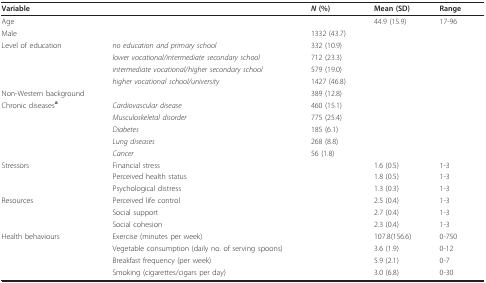
| Variable |  | N (%) | Mean (SD) | Range |
 | --- | --- | --- | --- | --- |
 | Age |  |  | 44.9 (15.9) | 17-96 |
 | Male |  | 1332 (43.7) |  |  |
 | Level of education | no education and primary school | 332 (10.9) |  |  |
 |  | lower vocational/intermediate secondary school | 712 (23.3) |  |  |
 |  | intermediate vocational/higher secondary school | 579 (19.0) |  |  |
 |  | higher vocational school/university | 1427 (46.8) |  |  |
 | Non-Western background |  | 389 (12.8) |  |  |
 | Chronic diseasesa | Cardiovascular disease | 460 (15.1) |  |  |
 |  | Musculoskeletal disorder | 775 (25.4) |  |  |
 |  | Diabetes | 185 (6.1) |  |  |
 |  | Lung diseases | 268 (8.8) |  |  |
 |  | Cancer | 56 (1.8) |  |  |
 | Stressors | Financial stress |  | 1.6 (0.5) | 1-3 |
 |  | Perceived health status |  | 1.8 (0.5) | 1-3 |
 |  | Psychological distress |  | 1.3 (0.3) | 1-3 |
 | Resources | Perceived life control |  | 2.5 (0.4) | 1-3 |
 |  | Social support |  | 2.7 (0.4) | 1-3 |
 |  | Social cohesion |  | 2.3 (0.4) | 1-3 |
 | Health behaviours | Exercise (minutes per week) |  | 107.8(156.6) | 0-750 |
 |  | Vegetable consumption (daily no. of serving spoons) |  | 3.6 (1.9) | 0-12 |
 |  | Breakfast frequency (per week) |  | 5.9 (2.1) | 0-7 |
 |  | Smoking (cigarettes/cigars per day) |  | 3.0 (6.8) | 0-30 |